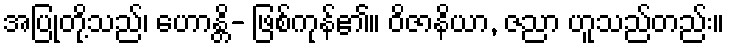
အပြုတို့သည်၊ ဟောန္တိ- ဖြစ်ကုန်၏။ ဝိဇာနိယာ, ဇညာ ဟူသည်တည်း။